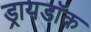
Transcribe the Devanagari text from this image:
ड्रायडॉक